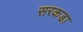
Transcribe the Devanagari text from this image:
सरकडा